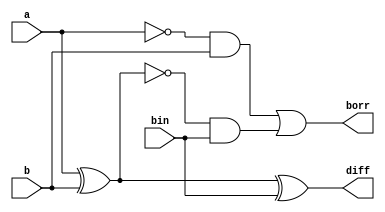

// Dataflow modeling
module half_sub (a,b,bin,diff,borr);
	input a,b, bin;
	output diff, borr;  
	
		assign diff = a^b^bin;
		assign borr = ((~a)&b)|((~(a^b))&bin);

endmodule
/*

// Behavioral modeling
module half_sub (a,b,bin,diff,borr);
	input a,b, bin;
	output reg diff, borr; 
	
	always@(a,b,bin)
		begin
		diff = a^b^bin;
		borr = ((~a)&b)|((~(a^b))&bin);
		end
endmodule

// Structural / Gate-level modeling
module half_sub (a,b,bin,diff,bout);
	input a,b,bin;
	output diff, bout; 
	wire inv_a, x_ab, xn_ab, and_bixnab, and_inab;
	
	not not_a (inv_a,a),
	    not_xab (xn_ab,x_ab);
	
	xor xor_ab (x_ab,a,b),
	    xor_abbi (diff,x_ab,bin);	
	
	and and_nab (and_inab,inv_a,b),
	    and_nabi (and_bixnab,xn_ab,bin); 
	 
	or or_bo (bout,and_inab,and_bixnab);
	
endmodule
*/